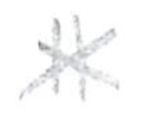
Text: 11
Cross-out: cross
Writing tool: pencil